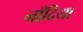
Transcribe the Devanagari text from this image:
नाँदिया